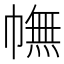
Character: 幠